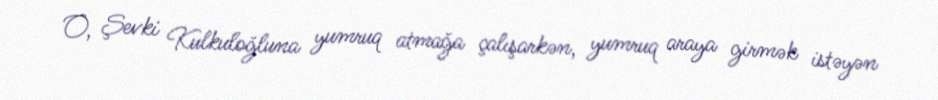
O, Şevki Kulkuloğluna yumruq atmağa çalışarkən, yumruq araya girmək istəyən